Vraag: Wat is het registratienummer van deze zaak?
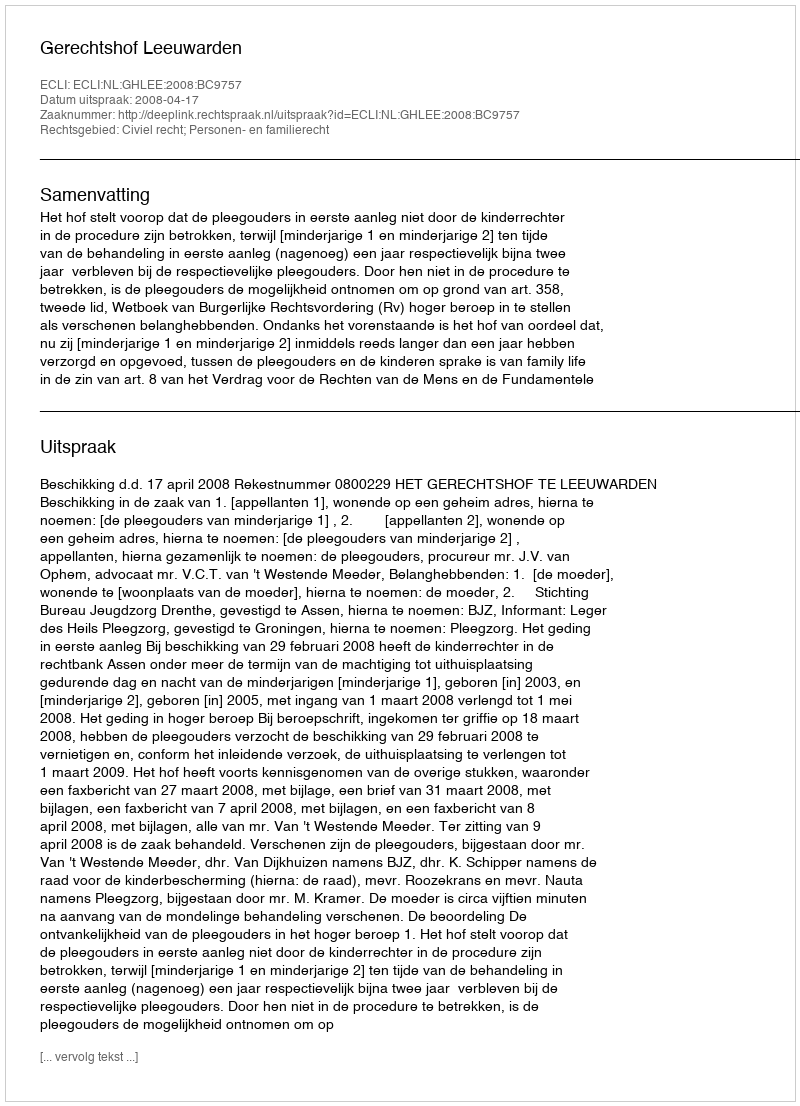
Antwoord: http://deeplink.rechtspraak.nl/uitspraak?id=ECLI:NL:GHLEE:2008:BC9757